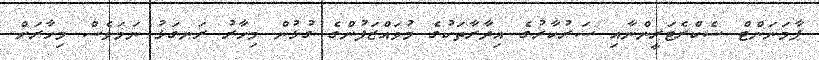
ޕާމަނަންޓް ސެކްރެޓަރީންނާއި ސަރުކާރުގެ އިދާރާތަކުގެ މުވައްޒަފުންގެ ގުޅުން މިހާރު ރަނގަޅު ނަމަވެސް މިހާރަށް